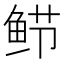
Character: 𬶎